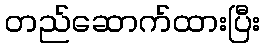
တည်ဆောက်ထားပြီး